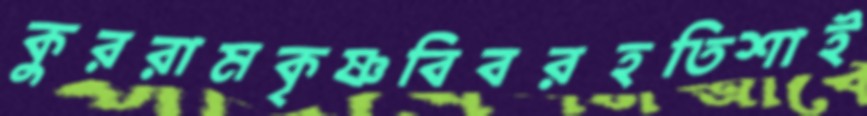
কুররামকৃষ্ণবিবরহতিশাই